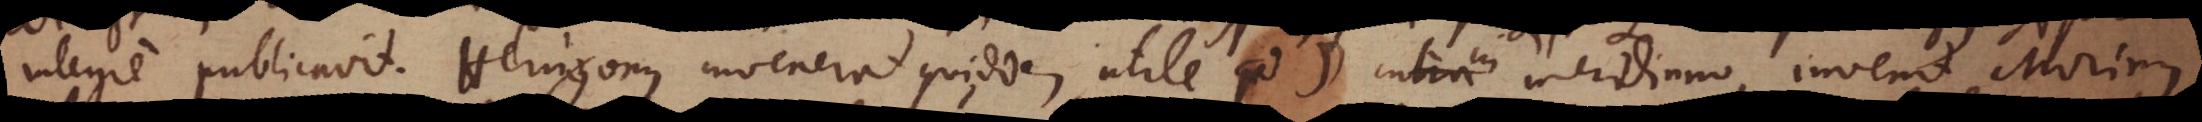
integre publicavit. Herigonus invenerat quiddam utile ad ☽ intra in meridiano, invenit Morinus